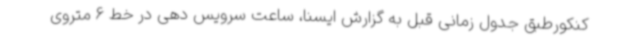
کنکورطبق جدول زمانی قبل به گزارش ایسنا، ساعت سرویس دهی در خط 6 متروی